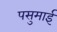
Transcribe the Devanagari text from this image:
पसुमाई